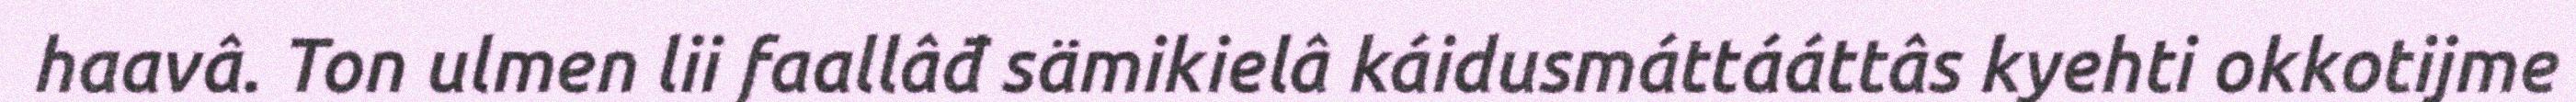
haavâ. Ton ulmen lii faallâđ sämikielâ káidusmáttááttâs kyehti okkotijme